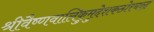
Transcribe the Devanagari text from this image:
श्रीवैष्णवालिकुमुदेशकठोरचन्द्र